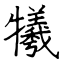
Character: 犧